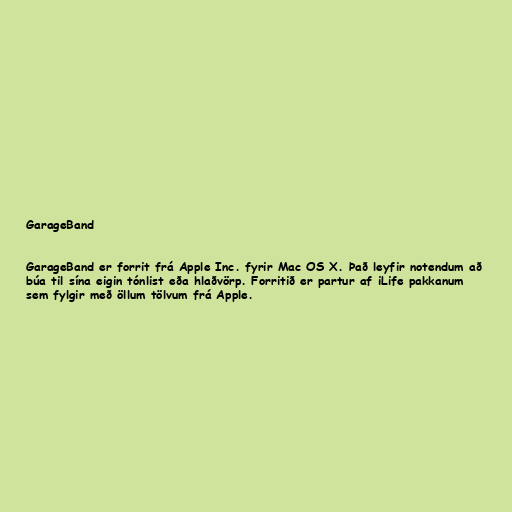
GarageBand

GarageBand er forrit frá Apple Inc. fyrir Mac OS X. Það leyfir notendum að
búa til sína eigin tónlist eða hlaðvörp. Forritið er partur af iLife pakkanum
sem fylgir með öllum tölvum frá Apple.